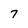
Character: 7